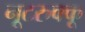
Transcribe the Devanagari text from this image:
नूटरुक्कू